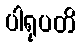
ပါရုပတိ